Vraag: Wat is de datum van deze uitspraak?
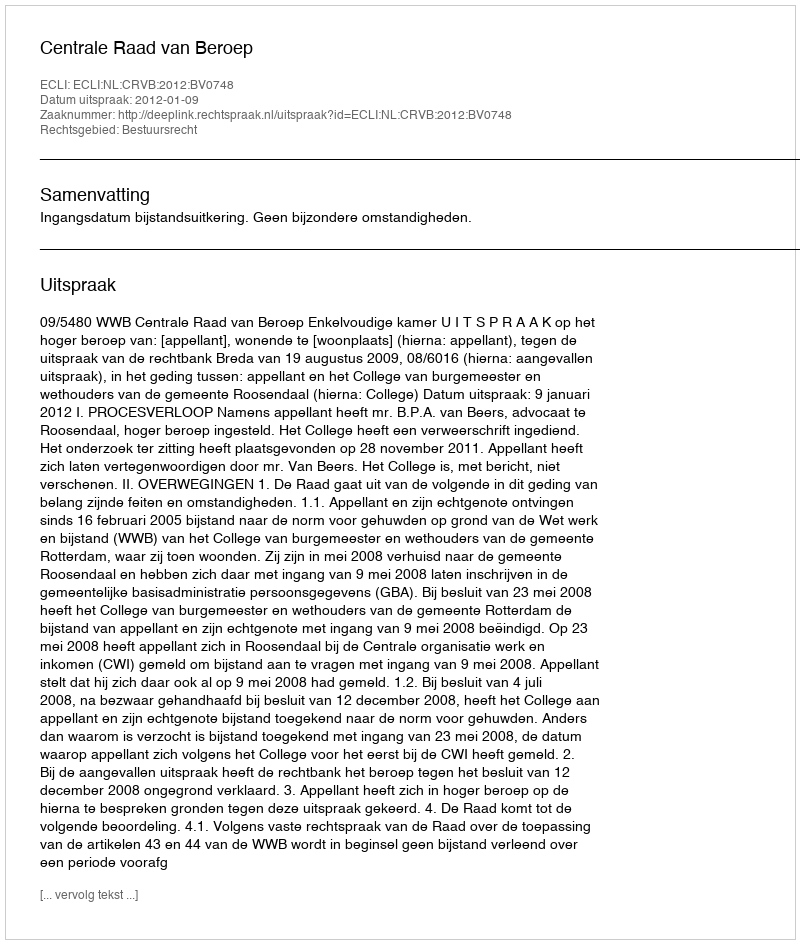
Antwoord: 2012-01-09